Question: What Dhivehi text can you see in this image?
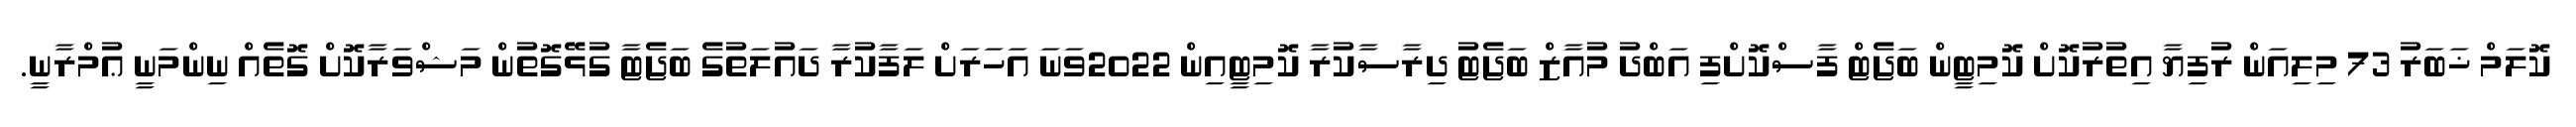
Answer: ކޮލަމް ޚަބަރު 73 މިލިއަން ރުފިޔާ އިތުރުކޮށް ކޮމިޓީން ބަޖެޓް ފާސްކޮށްފި އަބްދު މުއާޒް ބަޖެޓު ދިރާސާކުރާ ކޮމިޓީއިން 2022ވަނަ އަހަރަށް ލަފާކުރާ ދައުލަތުގެ ބަޖެޓާ ގުޅޭގޮތުން މަޝްވަރާކޮށް ގޮތެއް ނިންމަނީ ޢުމްރާނީ.